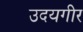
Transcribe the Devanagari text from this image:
उदयगीर